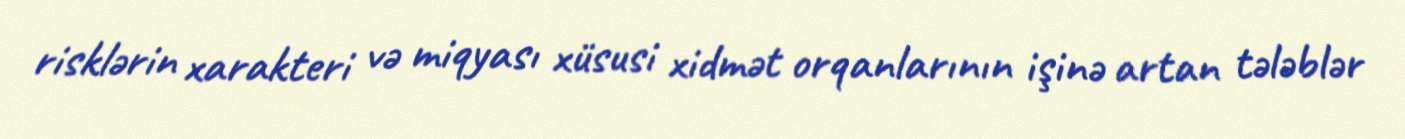
risklərin xarakteri və miqyası xüsusi xidmət orqanlarının işinə artan tələblər